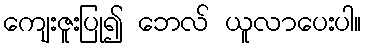
ကျေးဇူးပြု၍ ဘေလ် ယူလာပေးပါ။